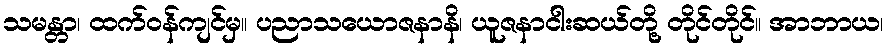
သမန္တာ၊ ထက်ဝန်ကျင်မှ။ ပညာသယောဇနာနိ၊ ယူဇနာငါးဆယ်တို့ တိုင်တိုင်။ အာဘာယ၊